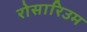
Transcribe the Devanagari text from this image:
रोसारिउम